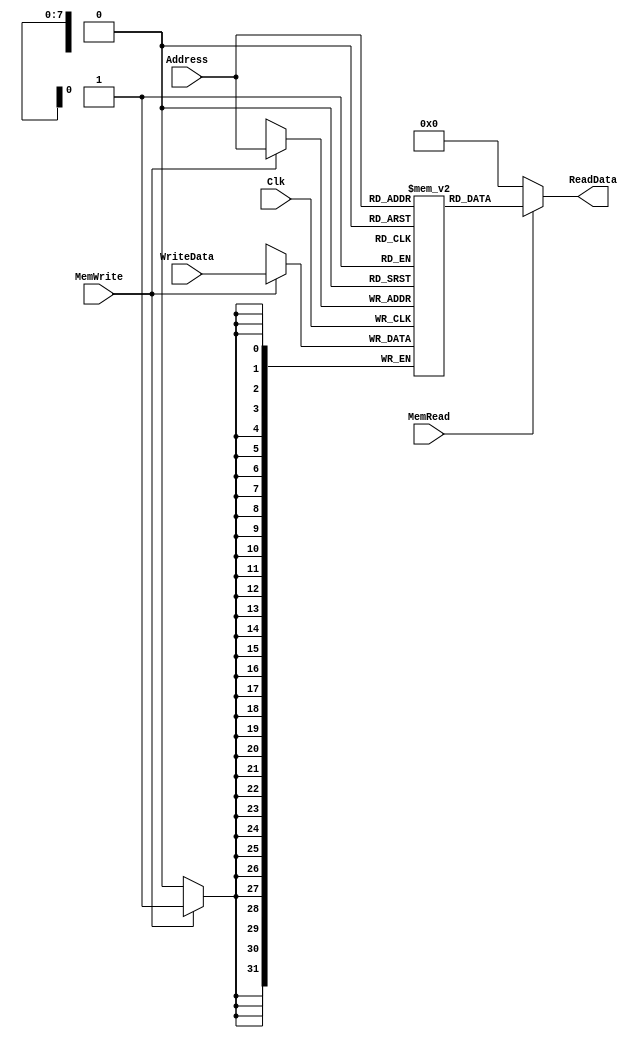
`timescale 1ns / 1ps
module DM(input MemWrite, MemRead, Clk,
input [7:0] Address, input [31:0] WriteData, output reg [31:0] ReadData
    );

reg [31:0] Memory [255:0];


always @(*)
begin
	if (MemRead)
		ReadData <= Memory[Address];
	else
		ReadData <= 0;
end

always @(posedge Clk)
begin
	if (MemWrite)
		Memory[Address] <= WriteData;
end

endmodule